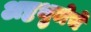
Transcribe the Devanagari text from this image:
अष्टभुजेचे